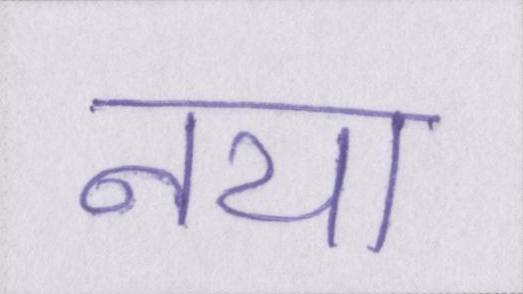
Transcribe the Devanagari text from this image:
नया